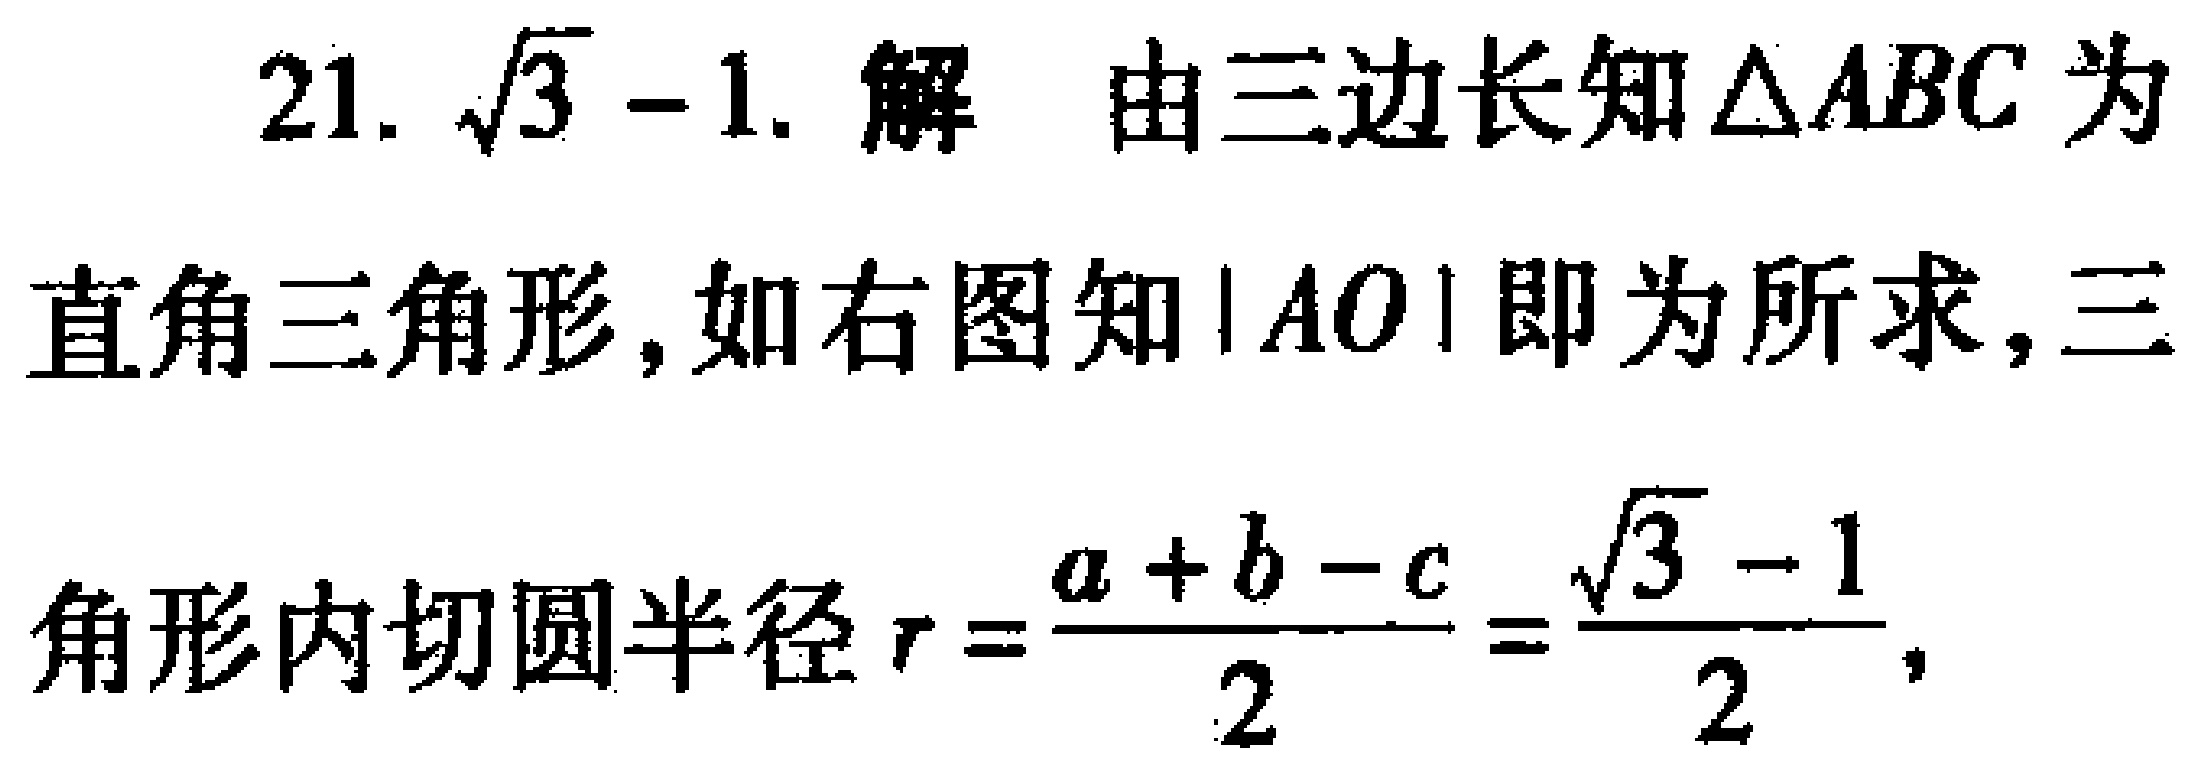
21. $\sqrt{3}-1$. 解 由三边长知$\triangle ABC$为直角三角形, 如右图知$|AO|$即为所求, 三角形内切圆半径$r = \frac{a + b - c}{2}=\frac{\sqrt{3}-1}{2}$,